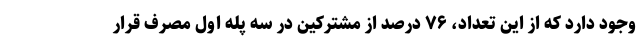
وجود دارد که از این تعداد، ۷۶ درصد از مشترکین در سه پله اول مصرف قرار